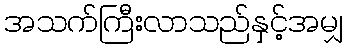
အသက်ကြီးလာသည်နှင့်အမျှ